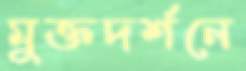
মুক্তদর্শনে